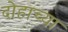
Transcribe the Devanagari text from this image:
दोहाच्या